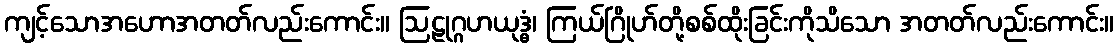
ကျင့်သောအဟောအတတ်လည်းကောင်း။ ဩဠုဂ္ဂဟယုဒ္ဓံ၊ ကြယ်ဂြိုဟ်တို့စစ်ထိုးခြင်းကိုသိသော အတတ်လည်းကောင်း။